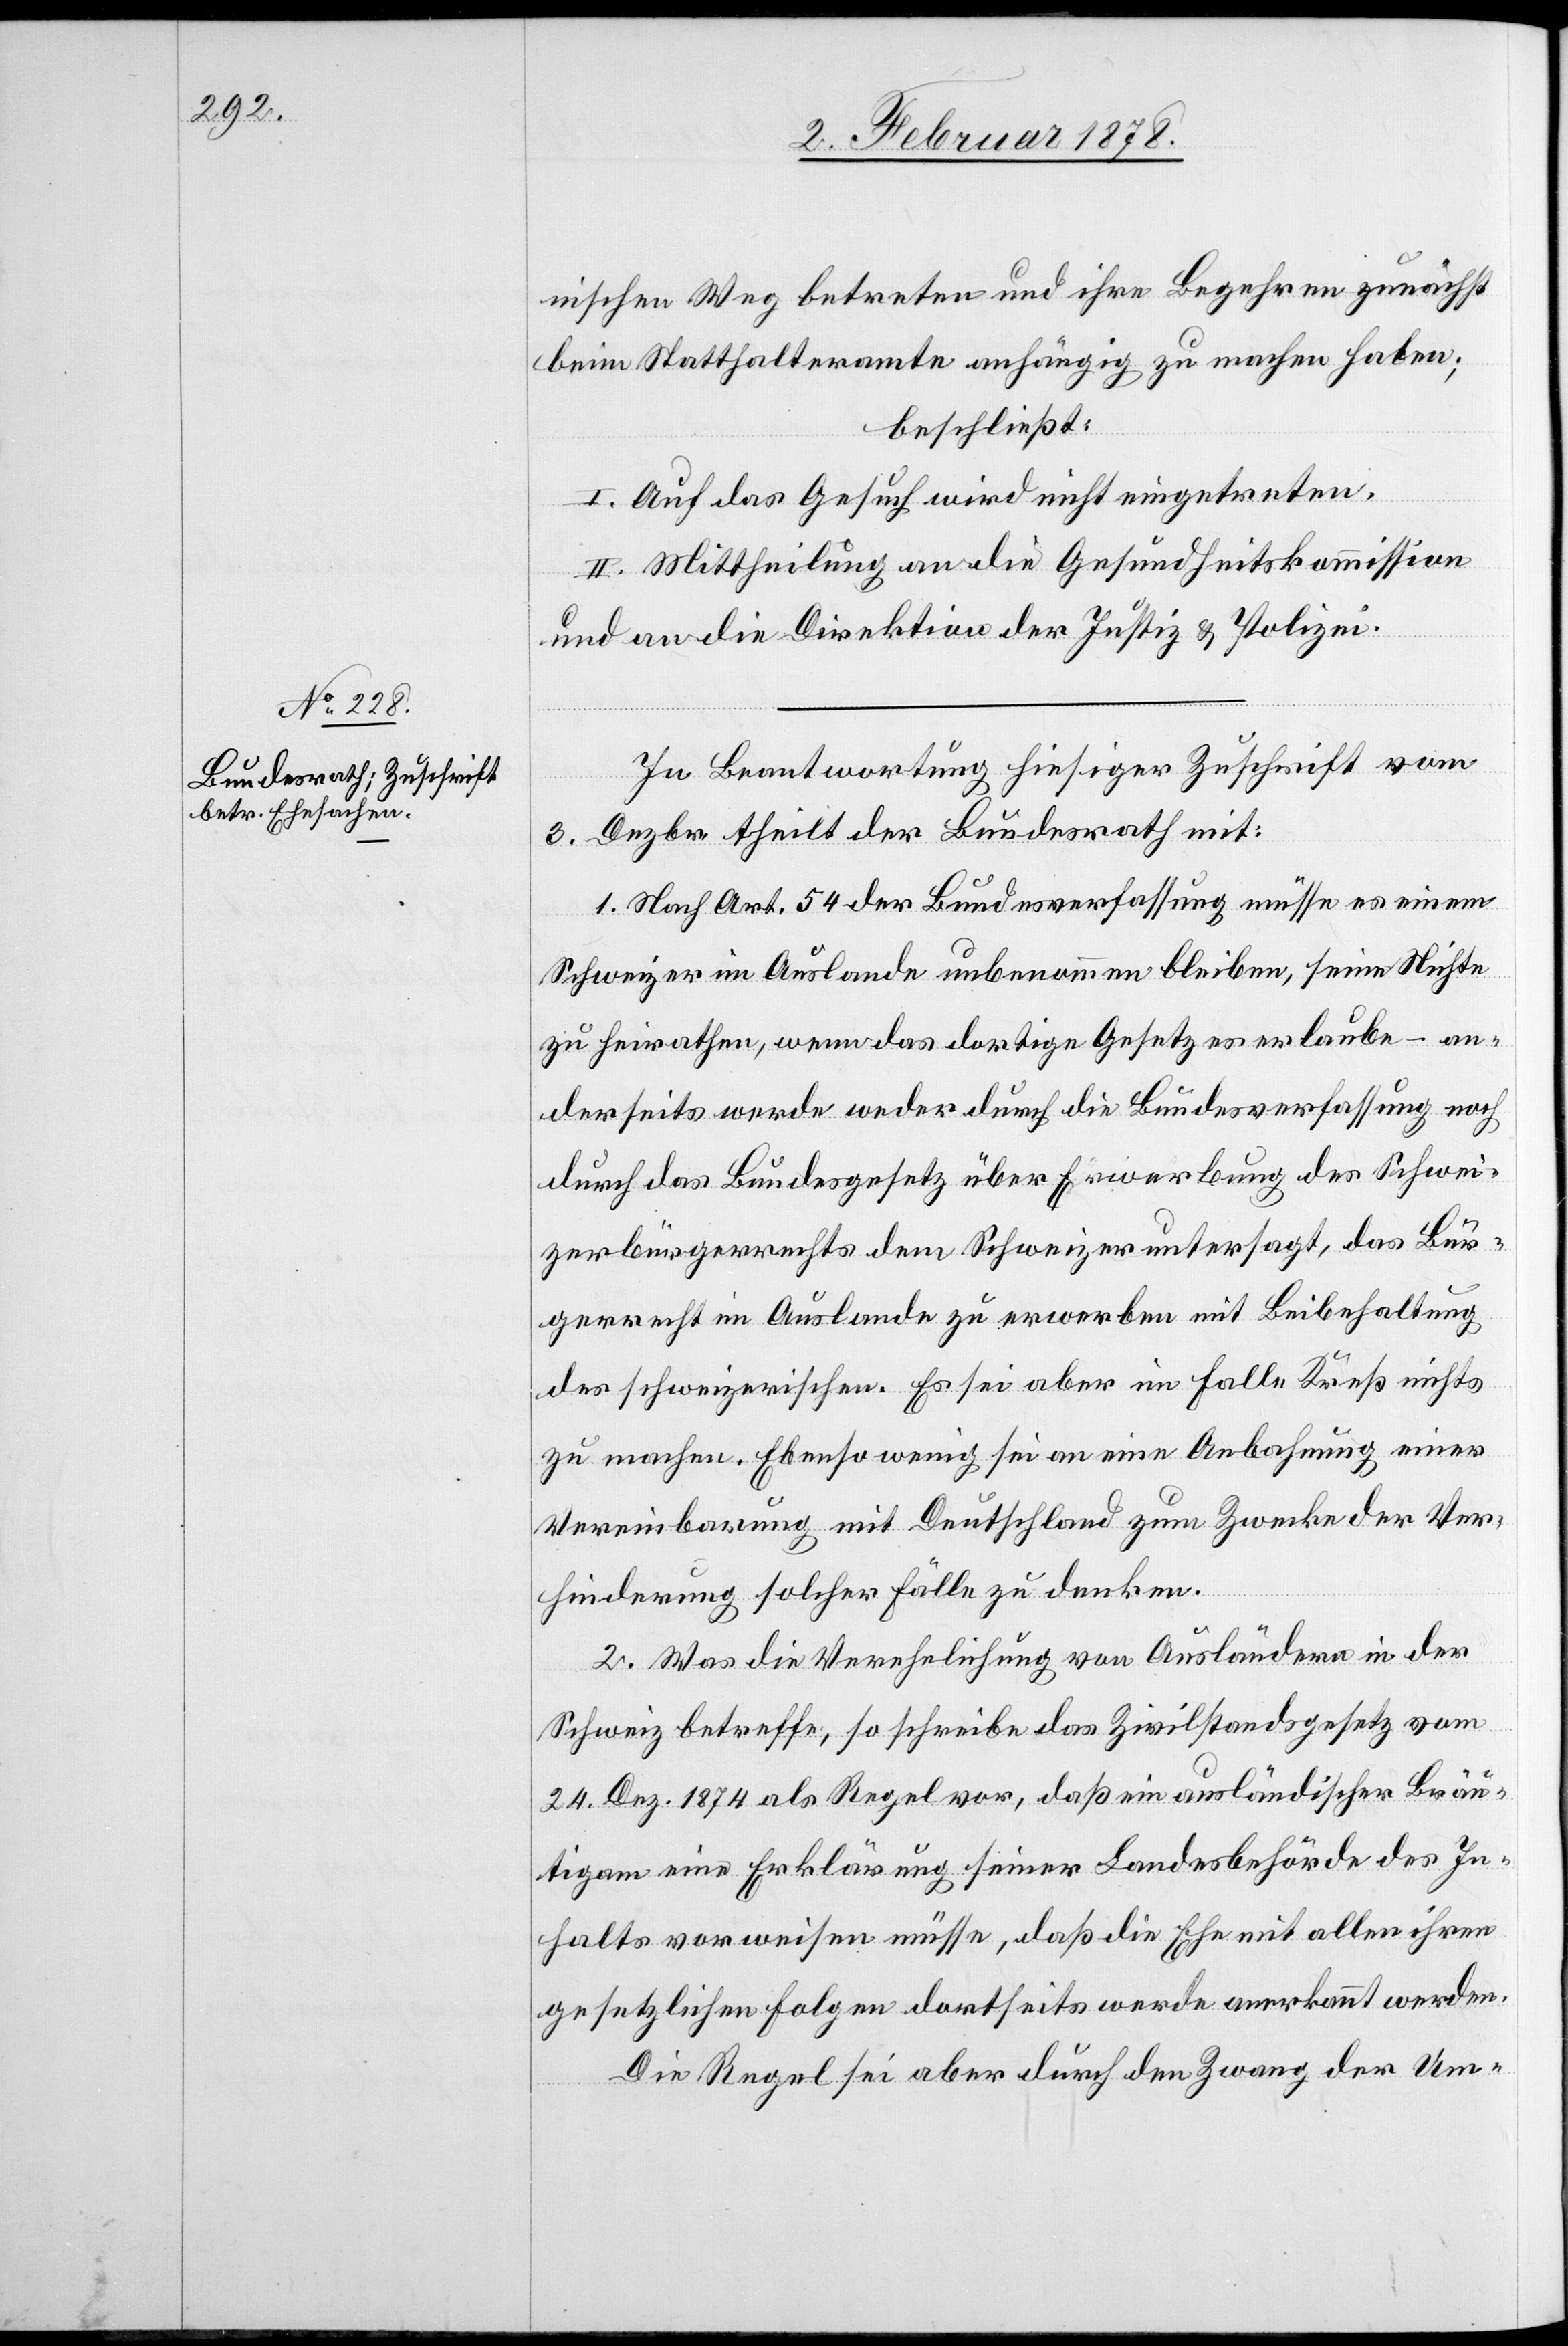
nischen Weg betreten und ihre Begehren zunächst
beim Statthalteramte anhängig zu machen haben;
beschließt:
I. Auf das Gesuch wird nicht eingetreten.
II. Mittheilung an die Gesundheitskommission
und an die Direktion der Justiz & Polizei.
In Beantwortung hiesiger Zuschrift vom
Dezbr theilt der Bundesrath mit:
3.
1. Nach Art. 54 der Bundesverfassung müsse es einem
Schweizer im Auslande unbenommen bleiben, seine Nichte
zu heirathen, wenn das dortige Gesetz es erlaube – an¬
derseits werde weder durch die Bundesverfassung noch
durch das Bundesgesetz über Erwerbung des Schwei¬
zerbürgerrechts dem Schweizer untersagt, das Bür¬
gerrecht im Auslande zu erwerben mit Beibehaltung
des schweizerischen. Es sei aber im Falle Kreß nichts
zu machen. Ebenso wenig sei an eine Anbahnung einer
Vereinbarung mit Deutschland zum Zwecke der Ver¬
hinderung solcher Fälle zu denken.
2. Was die Verehelichung von Ausländern in der
Schweiz betreffe, so schreibe das Zivilstandsgesetz vom
24. Dez. 1874 als Regel vor, daß ein ausländischer Bräu¬
tigam eine Erklärung seiner Landesbehörde des In¬
halts vorweisen müsse, daß die Ehe mit allen ihren
gesetzlichen Folgen dortseits werde anerkannt werden.
Die Regel sei aber durch den Zwang der Um-